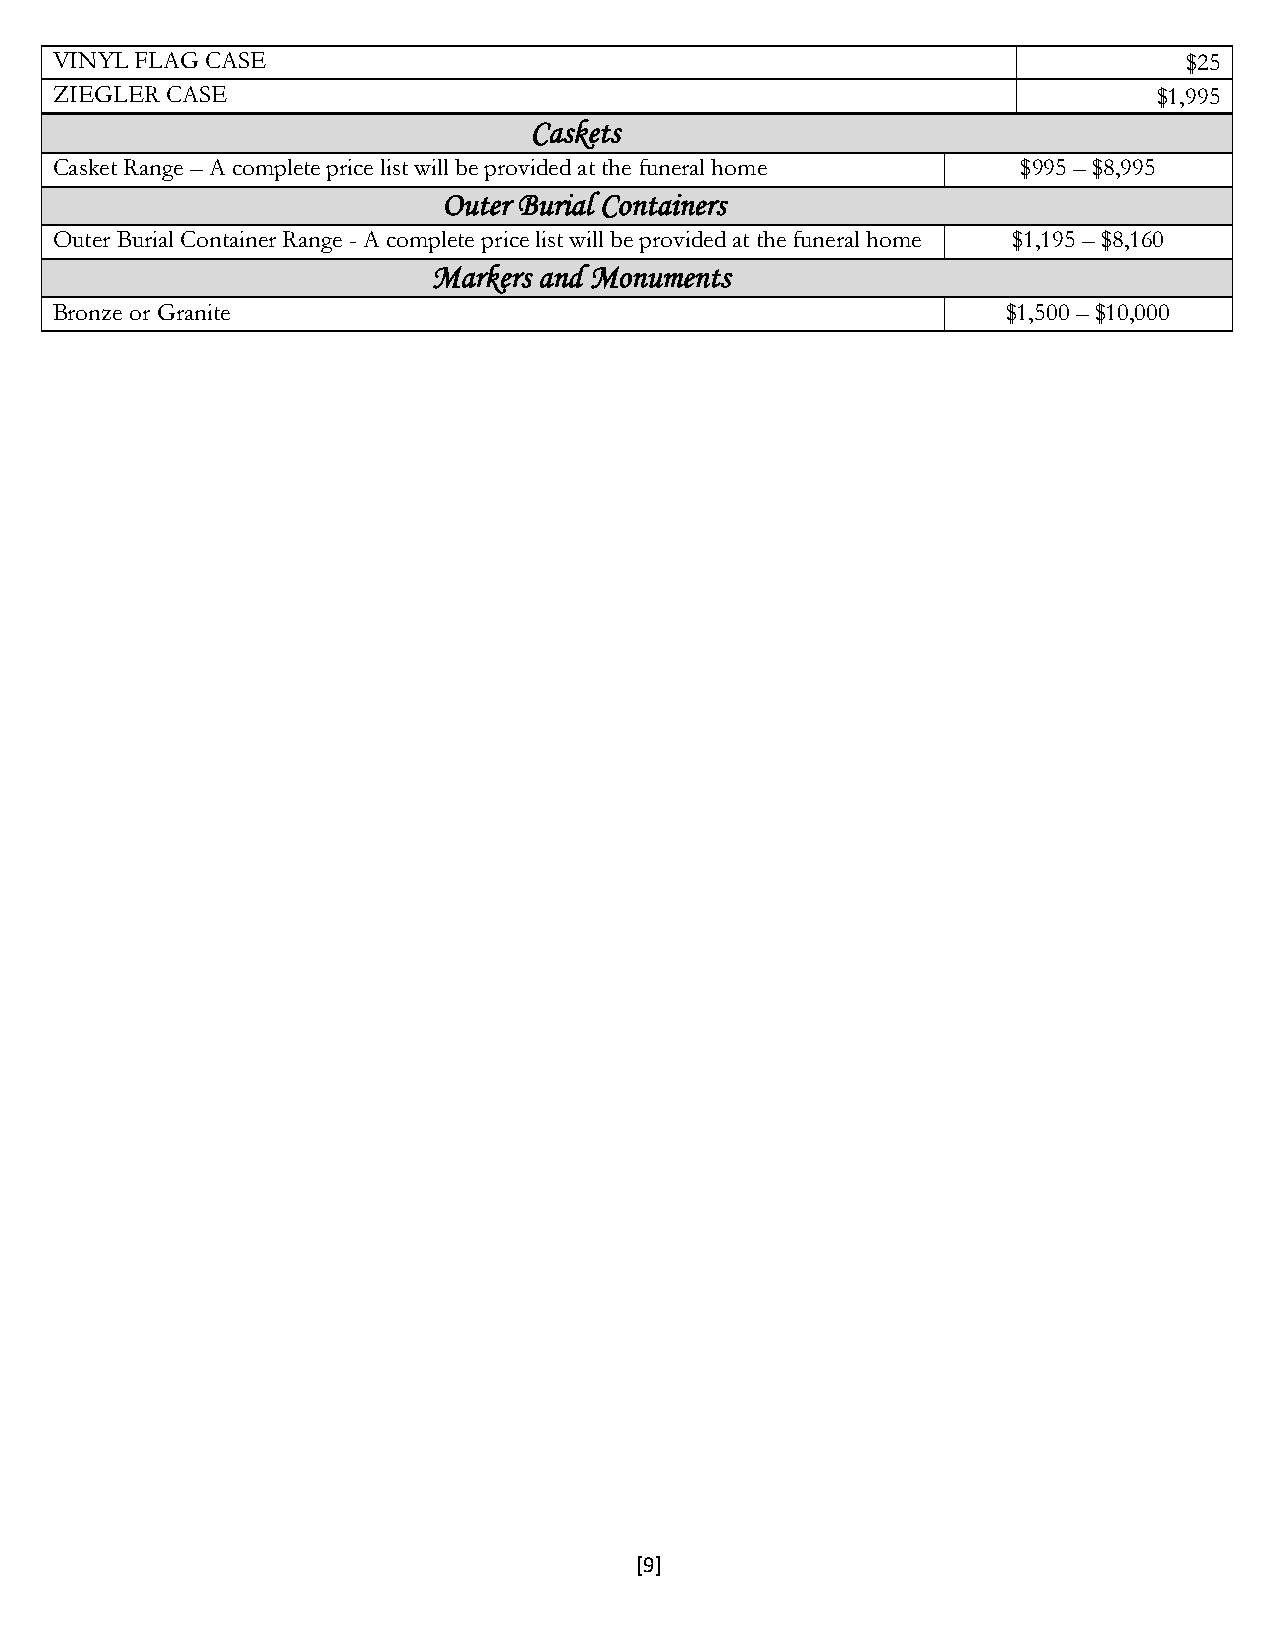
VINYL FLAG CASE                                                             $25
 ZIEGLER CASE                                                              $1,995
 Caskets
 Casket Range – A complete price list will be provided at the funeral home $995 – $8,995
 Outer Burial Containers
 Outer Burial Container Range - A complete price list will be provided at the funeral home $1,195 – $8,160
 Markers and Monuments
 Bronze or Granite                                               $1,500 – $10,000
 [9]